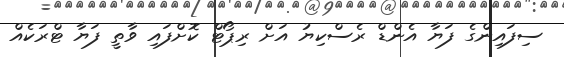
ސިފައިންގެ ފަޔާ އެންޑް ރެސްކިޔު އަށް ރިޕޯޓް ކޮށްފައި ވާތީ ފަޔާ ޓްރަކެއް